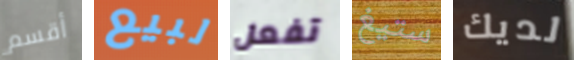
أقسم لبيع تفعل ستيغ لديك